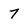
Character: 7